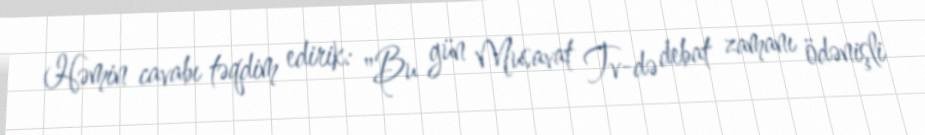
Həmin cavabı təqdim edirik: "Bu gün Musavat Tv-də debat zamanı ödənişli